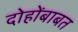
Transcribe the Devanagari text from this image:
दोहोंबाबत